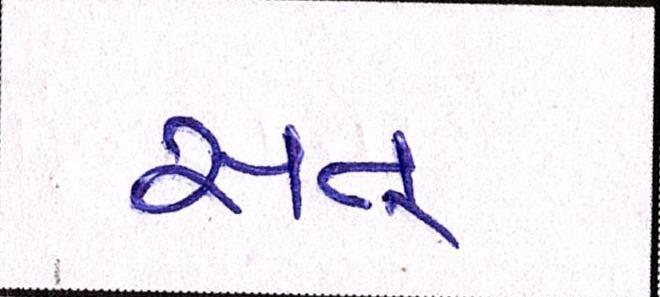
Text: સત્